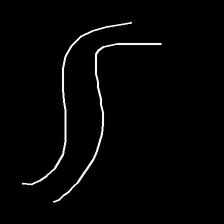
Glyph: float